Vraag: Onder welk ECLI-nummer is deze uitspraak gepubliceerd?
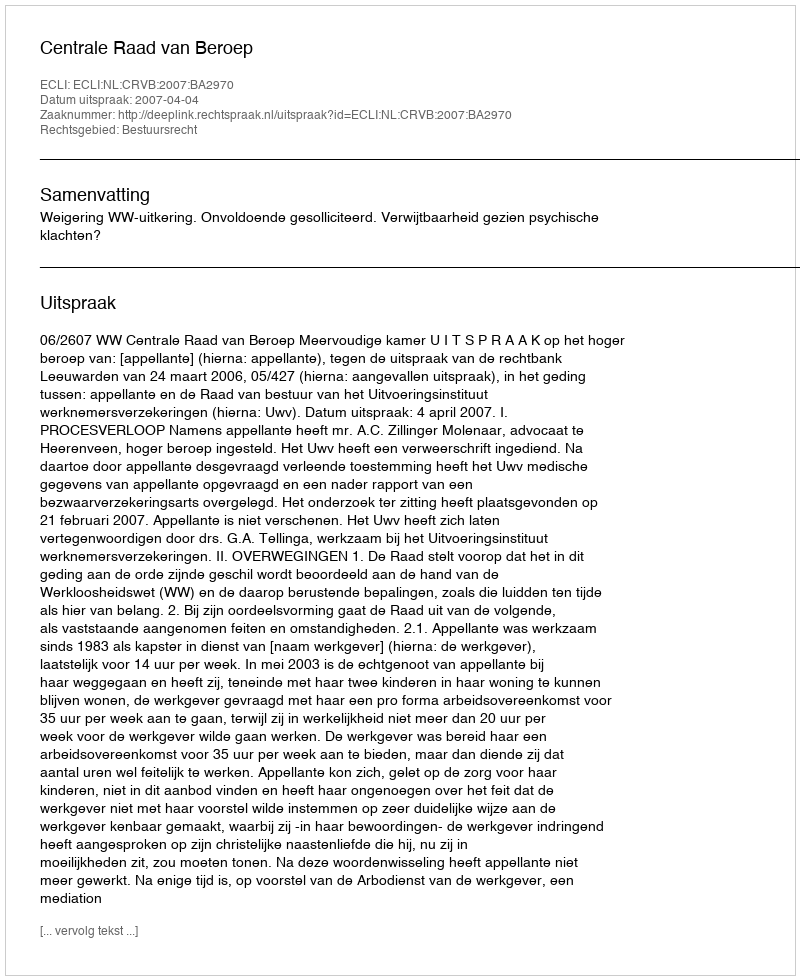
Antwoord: ECLI:NL:CRVB:2007:BA2970